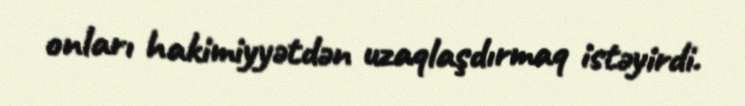
onları hakimiyyətdən uzaqlaşdırmaq istəyirdi.